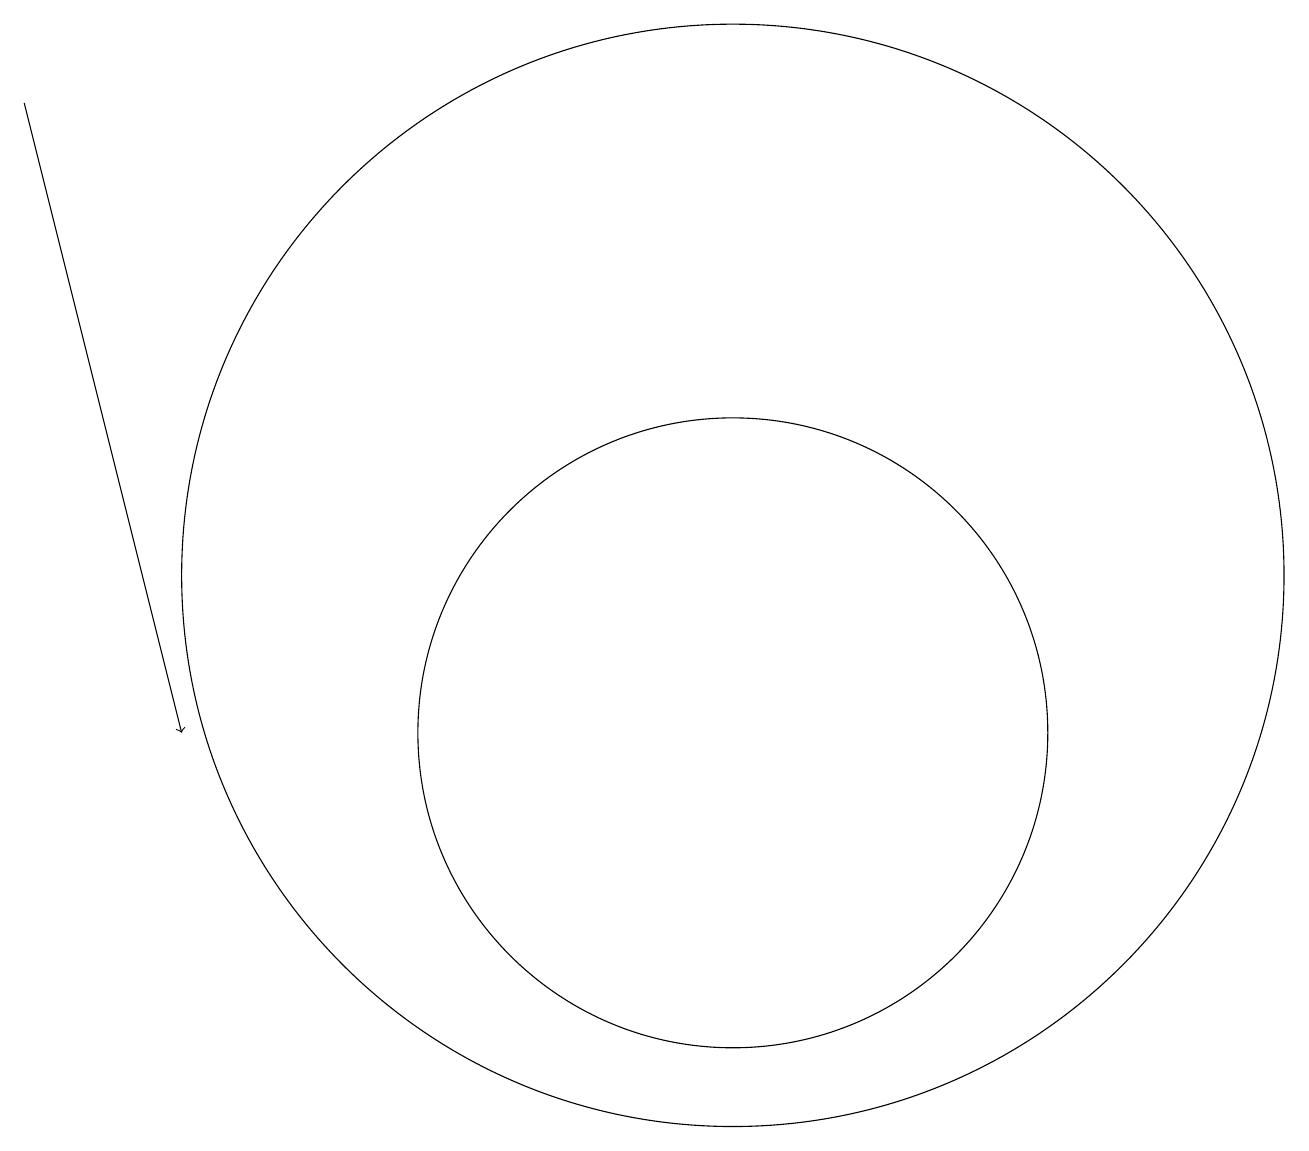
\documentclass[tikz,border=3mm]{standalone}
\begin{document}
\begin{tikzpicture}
\draw (10,12) circle (7);
\draw[->] (1,18) -- (3,10);
\draw (10,10) circle (4);
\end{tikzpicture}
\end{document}